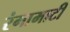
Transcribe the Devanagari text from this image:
रंगामाटी